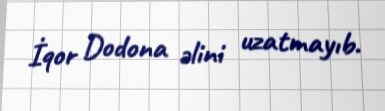
İqor Dodona əlini uzatmayıb.